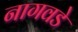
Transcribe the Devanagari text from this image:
नागवडे